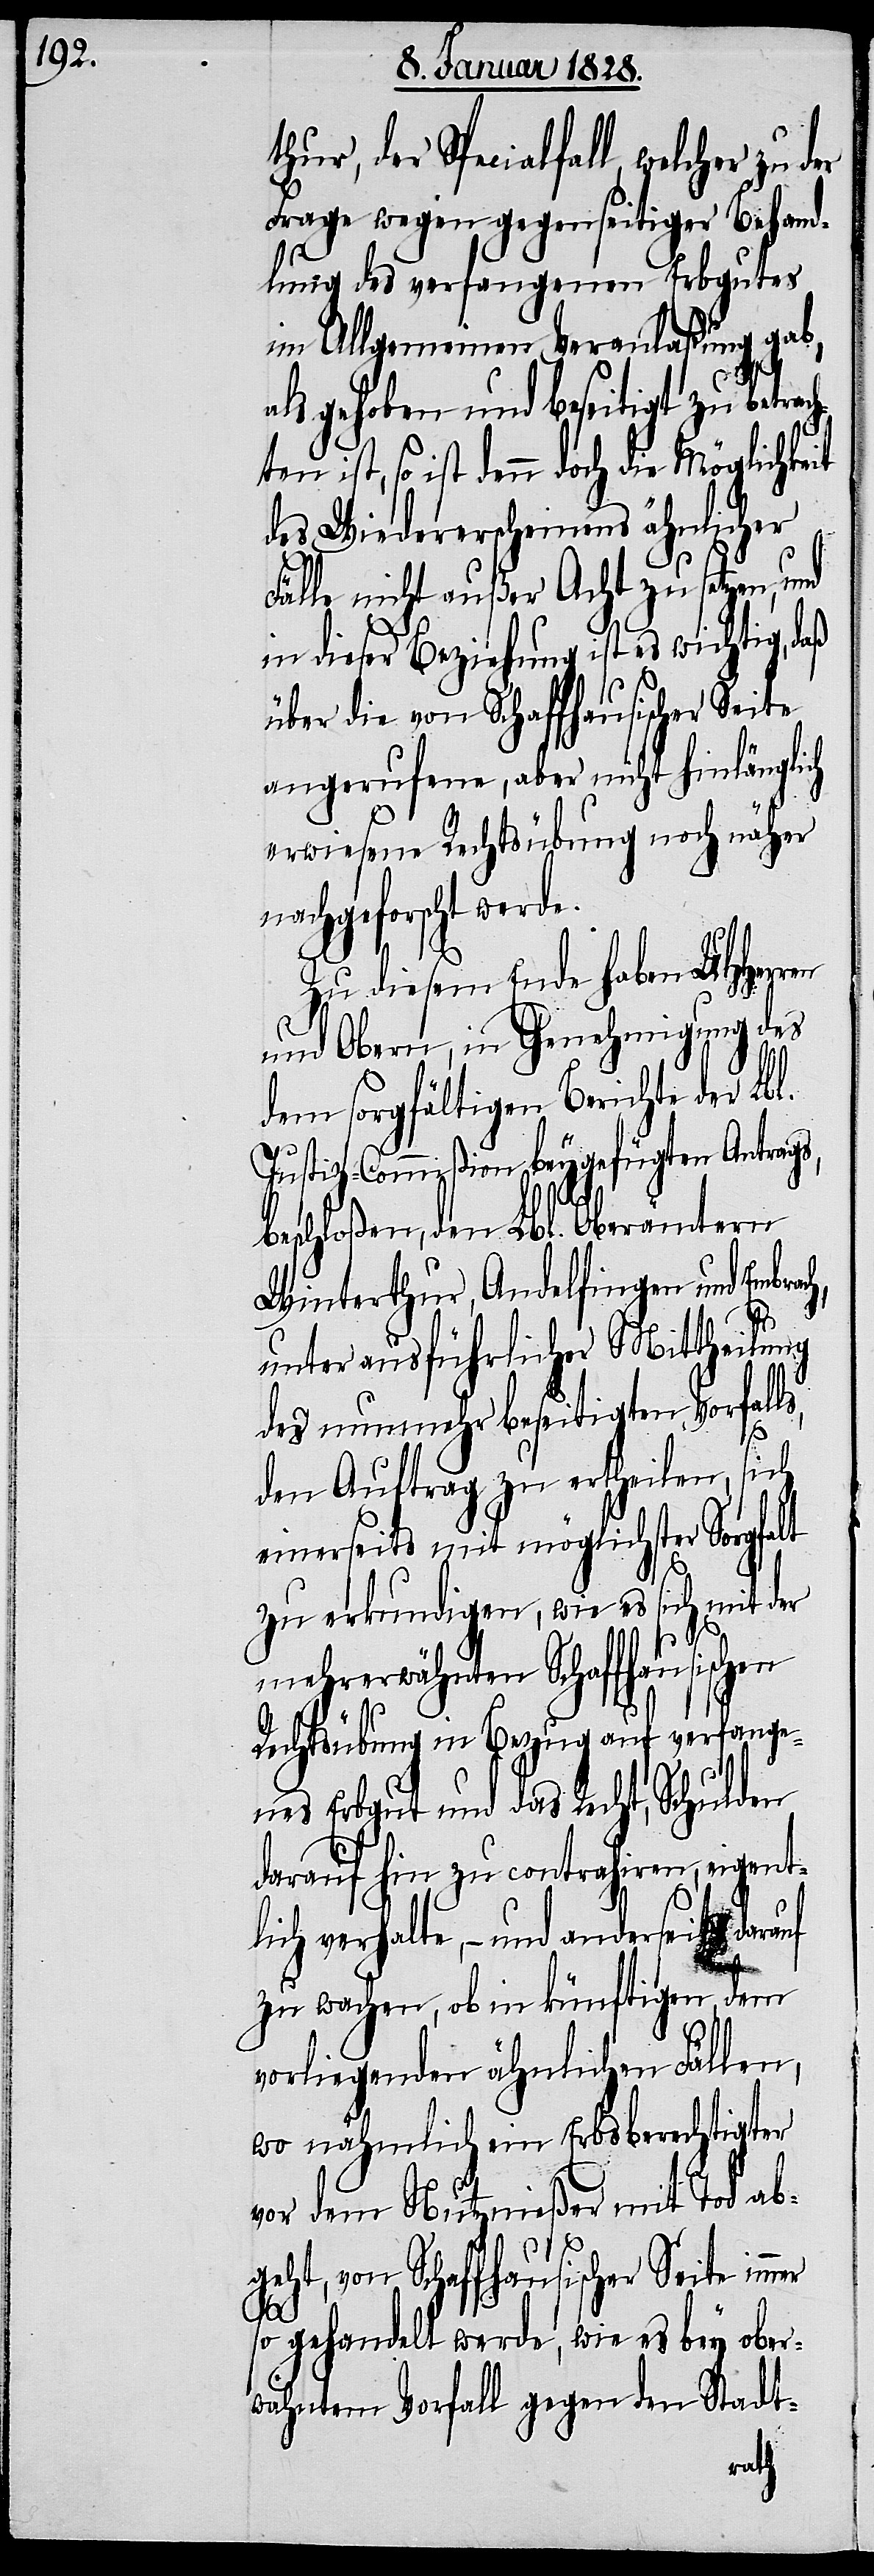
thur, der Specialfall, welcher zu
Frage wegen gegenseitiger Behand¬
lung des verfangenen Erbgutes
im Allgemeinen Veranlaßung gab,
als gehoben und beseitigt zu betrac¬
so ist denn doch die Möglichke¬
des Wiedererscheinens ähnlicher
Fälle nicht außer Acht zu setzen, und
in dieser Beziehung ist es wichtig,
über die von Schaffhausischer Seite
angerufene, aber nicht hinlänglich
erwiesene Rechtsübung noch näher
nachgeforscht werde.
Zu diesem Ende haben UHHerren
und Obern, in Genehmigung des
dem sorgfältigen Berichte der Lbl.
Justiz-Commißion beygefügten Antrags,
beschloßen, den Lbl. Oberämtern
Winterthur, Andelfingen und Embrach,
unter ausführlicher Mittheilung
des nunmehr beseitigten Vorfal¬
den Auftrag zu ertheilen, sich
einerseits mit möglichster Sorgfalt
zu erkundigen, wie es sich mit der
mehrerwähnten Schaffhausischen
Rechtsübung in Bezug auf verfange¬
nes Erbgut und das Recht, Schulden
darauf hin zu contrahiren, eigentl¬
ich verhalte, – und anderseits
zu wachen, ob in künftigen, dem
vorliegenden ähnlichen Fällen,
wo nähmlich ein Erbsberechtigter
vor dem Nutznießer mit Tod ab¬
geht, von Schaffhausischer Seite im¬
mer
so gehandelt werde, wie es bey ober¬
wähntem Vorfall gegen den Stadt-